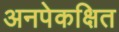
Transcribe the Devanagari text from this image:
अनपेकक्षित